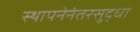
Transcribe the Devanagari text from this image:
स्थापनेनंतरसुद्धा